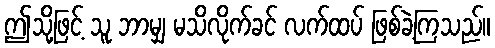
ဤသို့ဖြင့် သူ ဘာမျှ မသိလိုက်ခင် လက်ထပ် ဖြစ်ခဲ့ကြသည်။